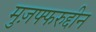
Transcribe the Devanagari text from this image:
मुज़फ्फरुद्दीन